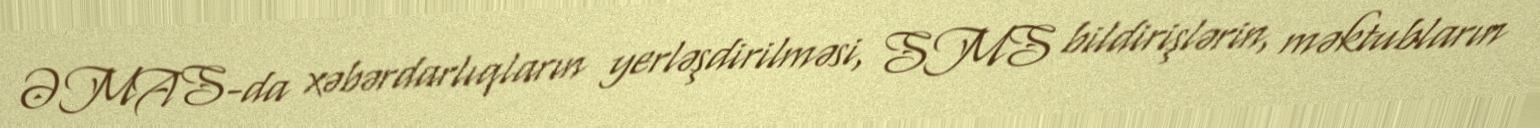
ƏMAS-da xəbərdarlıqların yerləşdirilməsi, SMS bildirişlərin, məktubların